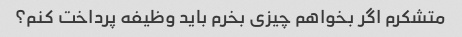
متشکرم اگر بخواهم چیزی بخرم باید وظیفه پرداخت کنم؟